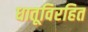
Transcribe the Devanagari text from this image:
धातूविरहित